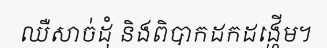
ឈឺសាច់ដុំ និងពិបាកដកដង្ហើម។